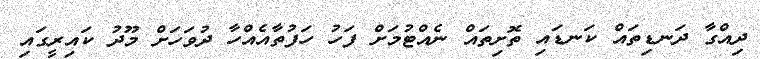
ދިއްގާ ދަނޑިތައް ކަނޑައި ތޮށިތައް ނެއްޓުމަށް ފަހު ހަފުތާއެއްހާ ދުވަހަށް މޫދު ކައިރީގައި